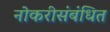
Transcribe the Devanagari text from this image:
नोकरीसंबंधित